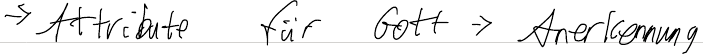
-> Attribute für Gott -> Anerkennung